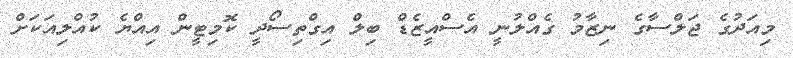
މިއަދުގެ ޖަލްސާގެ ނިޒާމު ގެއްލުނީ އެސްއީޒެޑް ބިލް އިގްތިސޯދީ ކޮމިޓީން އިއްޔެ ކުއްލިއަކަށް